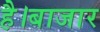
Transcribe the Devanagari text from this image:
है।बाजार